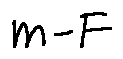
m - F